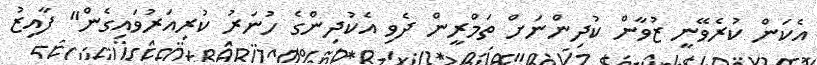
އެކަން ކުރެވޭނީ ޒުވާން ކުދިންނަށް ތަމްރީން ދެވި އެކުދިންގެ ހުނަރު ކުރިއަރުވައިގެން" ފާއިޒު